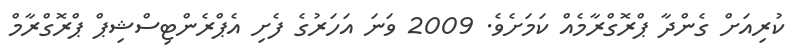
ކުރިއަށް ގެންދާ ޕްރޮގްރާމެއް ކަމަށެވެ. 2009 ވަނަ އަހަރުގެ ފެށި އެޕްރެންޓިސްޝިޕް ޕްރޮގްރާމް